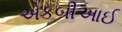
એકબીઆઈ